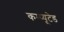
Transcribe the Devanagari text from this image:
कम्प्यूटेड